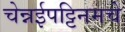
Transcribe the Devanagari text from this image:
चेन्नईपट्टिनमचे